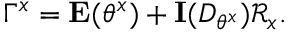
\Gamma ^ { x } = \mathbf { E } ( \theta ^ { x } ) + \mathbf { I } ( D _ { \theta ^ { x } } ) \mathcal { R } _ { x } .